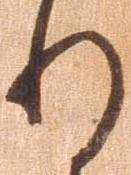
り